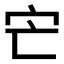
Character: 𡦽